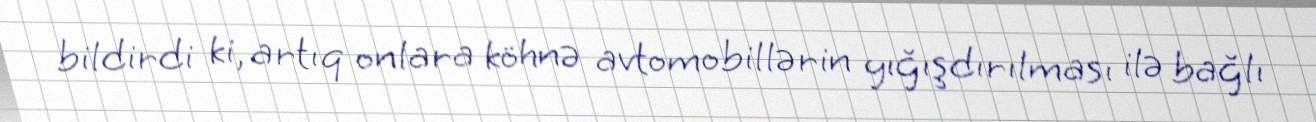
bildirdi ki, artıq onlara köhnə avtomobillərin yığışdırılması ilə bağlı